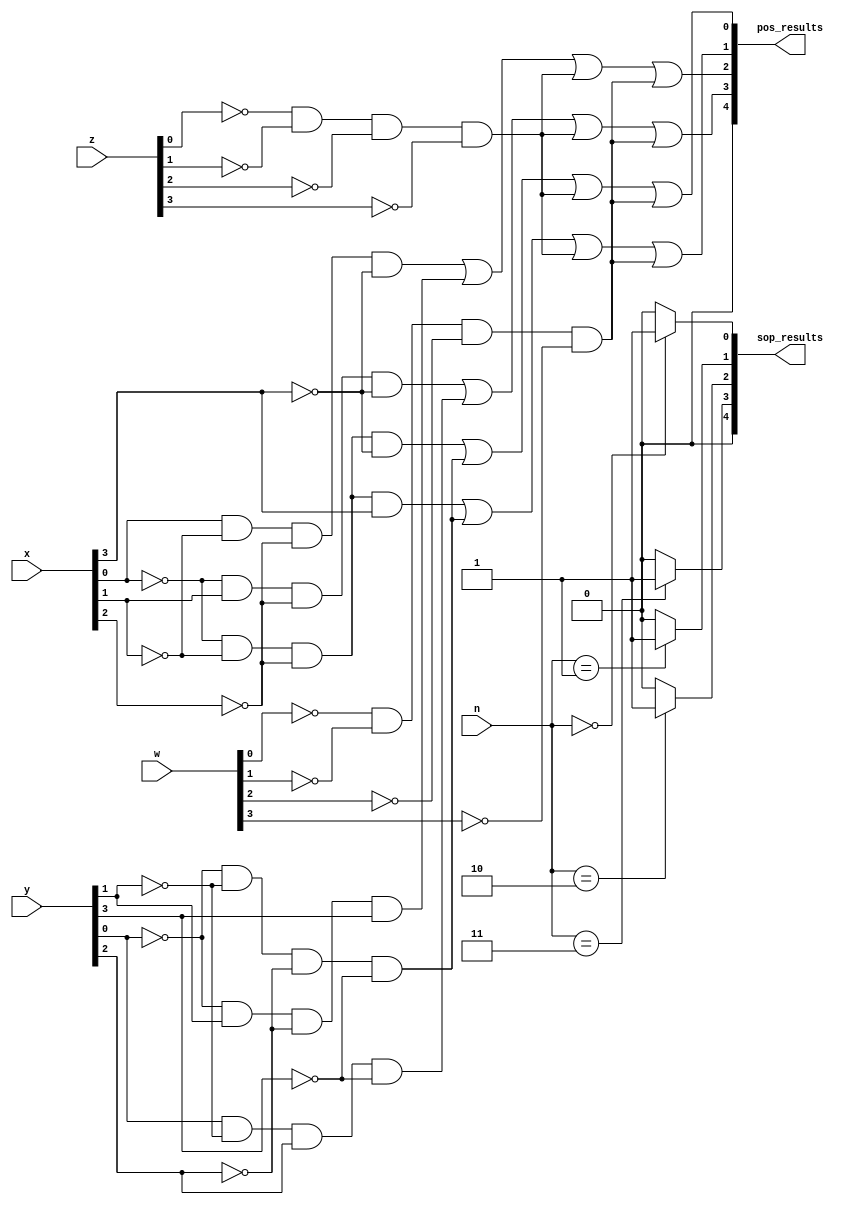
module Guia_0405 (
    output [4:0] sop_results,
    output [4:0] pos_results,
    input  [3:0] n,
    input  [3:0] x,
    input  [3:0] y,
    input  [3:0] z,
    input  [3:0] w
);

  // SoP expressions
  assign sop_results[0] = (n == 0) ? 1 : 0;
  assign sop_results[1] = (n == 1) ? 1 : 0;
  assign sop_results[2] = (n == 2) ? 1 : 0;
  assign sop_results[3] = (n == 3) ? 1 : 0;
  assign sop_results[4] = 0;  // Not used in this example

  // PoS expressions
  assign pos_results[0] = (~x[0] & ~x[1] & ~x[2] & ~x[3]) |
                            (~y[0] & ~y[1] & ~y[2] & ~y[3]) |
                            (~z[0] & ~z[1] & ~z[2] & ~z[3]) |
                            (~w[0] & ~w[1] & ~w[2] & ~w[3]);
  assign pos_results[1] = (~x[0] & ~x[1] & ~x[2] & x[3]) |
                            (~y[0] & ~y[1] & ~y[2] & ~y[3]) |
                            (~z[0] & ~z[1] & ~z[2] & ~z[3]) |
                            (~w[0] & ~w[1] & ~w[2] & ~w[3]);
  assign pos_results[2] = (x[0] & ~x[1] & ~x[2] & ~x[3]) |
                            (~y[0] & y[1] & ~y[2] & y[3]) |
                            (~z[0] & ~z[1] & ~z[2] & ~z[3]) |
                            (~w[0] & ~w[1] & ~w[2] & ~w[3]);
  assign pos_results[3] = (~x[0] & x[1] & ~x[2] & ~x[3]) |
                            (y[0] & ~y[1] & y[2] & ~y[3]) |
                            (~z[0] & ~z[1] & ~z[2] & ~z[3]) |
                            (~w[0] & ~w[1] & ~w[2] & ~w[3]);
  assign pos_results[4] = 0;

endmodule